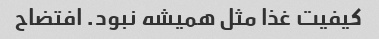
کیفیت غذا مثل همیشه نبود. افتضاح